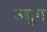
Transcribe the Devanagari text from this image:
उद्युग